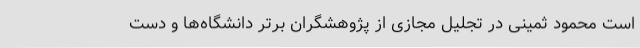
است محمود ثمینی در تجلیل مجازی از پژوهشگران برتر دانشگاه‌ها و دست